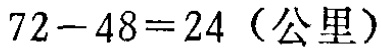
\(72 - 48 = 24 \text{（公里）}\)